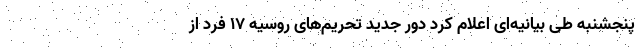
پنجشنبه طی بیانیه‌ای اعلام کرد دور جدید تحریم‌های روسیه ۱۷ فرد از